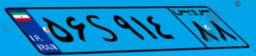
۷۸S۳۷۶۴۱